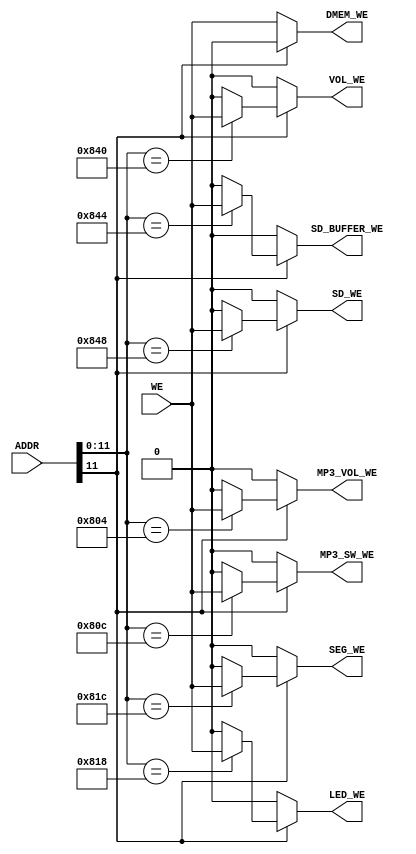
module INTERFACE_O
(
    ADDR,
    WE,
    DMEM_WE,
    MP3_VOL_WE,
    MP3_SW_WE,
    LED_WE,
    SEG_WE,
    VOL_WE,
    SD_WE,
    SD_BUFFER_WE
);
    input [31:0]ADDR;
    input WE;

    output reg DMEM_WE;
    output reg MP3_VOL_WE;
    output reg MP3_SW_WE;
    output reg LED_WE;
    output reg SEG_WE;
    output reg VOL_WE;
    output reg SD_WE;
    output reg SD_BUFFER_WE;

    always @(*) begin
        // 
        if(ADDR[11]==1'b1)begin
            case (ADDR[11:0])
                // MP3_VOL
                12'h804:begin
                    DMEM_WE <= 1'b0;
                    MP3_VOL_WE <= WE;
                    MP3_SW_WE <= 1'b0;
                    LED_WE <= 1'b0;
                    SEG_WE <= 1'b0;
                    VOL_WE <= 1'b0;
                    SD_BUFFER_WE <= 1'b0;
                    SD_WE <= 1'b0;
                end
                // MP3_SW
                12'h80c:begin
                    DMEM_WE <= 1'b0;
                    MP3_VOL_WE <= 1'b0;
                    MP3_SW_WE <= WE;
                    LED_WE <= 1'b0;
                    SEG_WE <= 1'b0;
                    VOL_WE <= 1'b0;
                    SD_BUFFER_WE <= 1'b0;
                    SD_WE <= 1'b0;
                end
                // LED
                12'h818:begin
                    DMEM_WE <= 1'b0;
                    MP3_VOL_WE <= 1'b0;
                    MP3_SW_WE <= 1'b0;
                    LED_WE <= WE;
                    SEG_WE <= 1'b0;
                    VOL_WE <= 1'b0;
                    SD_BUFFER_WE <= 1'b0;
                    SD_WE <= 1'b0;
                end
                // SEG
                12'h81c:begin
                    DMEM_WE <= 1'b0;
                    MP3_VOL_WE <= 1'b0;
                    MP3_SW_WE <= 1'b0;
                    LED_WE <= 1'b0;
                    SEG_WE <= WE;
                    VOL_WE <= 1'b0;
                    SD_BUFFER_WE <= 1'b0;
                    SD_WE <= 1'b0;
                end
                // VOL
                12'h840:begin
                    DMEM_WE <= 1'b0;
                    MP3_VOL_WE <= 1'b0;
                    MP3_SW_WE <= 1'b0;
                    LED_WE <= 1'b0;
                    SEG_WE <= 1'b0;
                    VOL_WE <= WE;
                    SD_BUFFER_WE <= 1'b0;
                    SD_WE <= 1'b0;
                end
                // SD_BUFFER
                12'h844:begin
                    DMEM_WE <= 1'b0;
                    MP3_VOL_WE <= 1'b0;
                    MP3_SW_WE <= 1'b0;
                    LED_WE <= 1'b0;
                    SEG_WE <= 1'b0;
                    VOL_WE <= 1'b0;
                    SD_BUFFER_WE <= WE;
                    SD_WE <= 1'b0;
                end
                // SD
                12'h848:begin
                    DMEM_WE <= 1'b0;
                    MP3_VOL_WE <= 1'b0;
                    MP3_SW_WE <= 1'b0;
                    LED_WE <= 1'b0;
                    SEG_WE <= 1'b0;
                    VOL_WE <= 1'b0;
                    SD_BUFFER_WE <= 1'b0;
                    SD_WE <= WE;
                end
                default:begin
                    DMEM_WE <= 1'b0;
                    MP3_VOL_WE <= 1'b0;
                    MP3_SW_WE <= 1'b0;
                    LED_WE <= 1'b0;
                    SEG_WE <= 1'b0;
                    VOL_WE <= 1'b0;
                    SD_BUFFER_WE <= 1'b0;
                    SD_WE <= 1'b0;
                end
            endcase
        end
        // DMEM
        else begin
            DMEM_WE <= WE;
            MP3_VOL_WE <= 1'b0;
            MP3_SW_WE <= 1'b0;
            LED_WE <= 1'b0;
            SEG_WE <= 1'b0;
            VOL_WE <= 1'b0;
            SD_BUFFER_WE <= 1'b0;
            SD_WE <= 1'b0;
        end
    end

endmodule